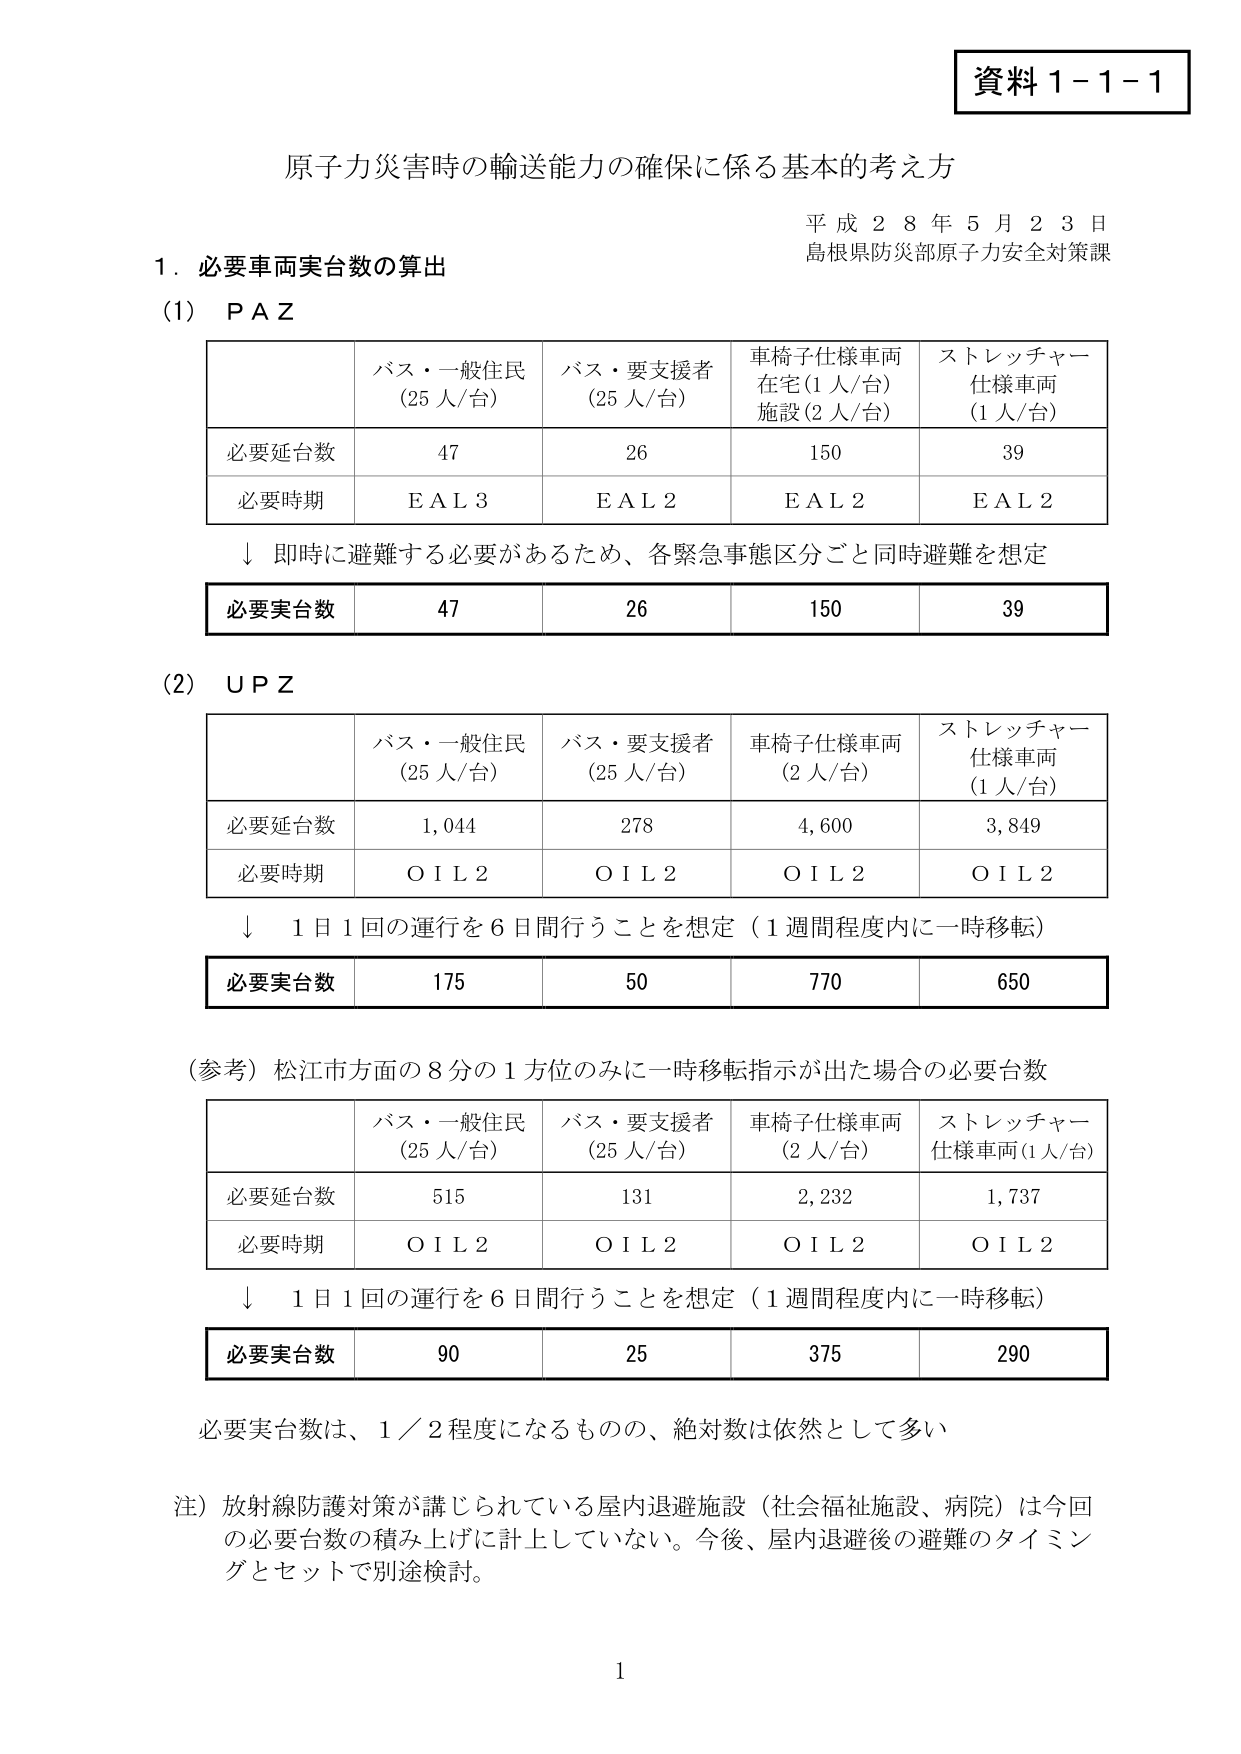
資料１－１－１

原子力災害時の輸送能力の確保に係る基本的考え方

平成２８年５月２３日
島根県防災部原子力安全対策課

１．必要車両実台数の算出

（1）ＰＡＺ

| | バス・一般住民（25人/台） | バス・要支援者（25人/台） | 車椅子仕様車両在宅（1人/台）施設（2人/台） | ストレッチャー仕様車両（1人/台） |
|---|---|---|---|---|
| 必要延台数 | 47 | 26 | 150 | 39 |
| 必要時期 | ＥＡＬ３ | ＥＡＬ２ | ＥＡＬ２ | ＥＡＬ２ |

↓ 即時に避難する必要があるため、各緊急事態区分ごと同時避難を想定

**必要実台数** 47　26　150　39

（2）ＵＰＺ

| | バス・一般住民（25人/台） | バス・要支援者（25人/台） | 車椅子仕様車両（2人/台） | ストレッチャー仕様車両（1人/台） |
|---|---|---|---|---|
| 必要延台数 | 1,044 | 278 | 4,600 | 3,849 |
| 必要時期 | ＯＩＬ２ | ＯＩＬ２ | ＯＩＬ２ | ＯＩＬ２ |

↓ 1日1回の運行を6日間行うことを想定（1週間程度内に一時移転）

**必要実台数** 175　50　770　650

（参考）松江市方面の8分の1方位のみに一時移転指示が出た場合の必要台数

| | バス・一般住民（25人/台） | バス・要支援者（25人/台） | 車椅子仕様車両（2人/台） | ストレッチャー仕様車両（1人/台） |
|---|---|---|---|---|
| 必要延台数 | 515 | 131 | 2,232 | 1,737 |
| 必要時期 | ＯＩＬ２ | ＯＩＬ２ | ＯＩＬ２ | ＯＩＬ２ |

↓ 1日1回の運行を6日間行うことを想定（1週間程度内に一時移転）

**必要実台数** 90　25　375　290

必要実台数は、1／2程度になるものの、絶対数は依然として多い

注）放射線防護対策が講じられている屋内退避施設（社会福祉施設、病院）は今回の必要台数の積み上げに計上していない。今後、屋内退避後の避難のタイミングとセットで別途検討。

1